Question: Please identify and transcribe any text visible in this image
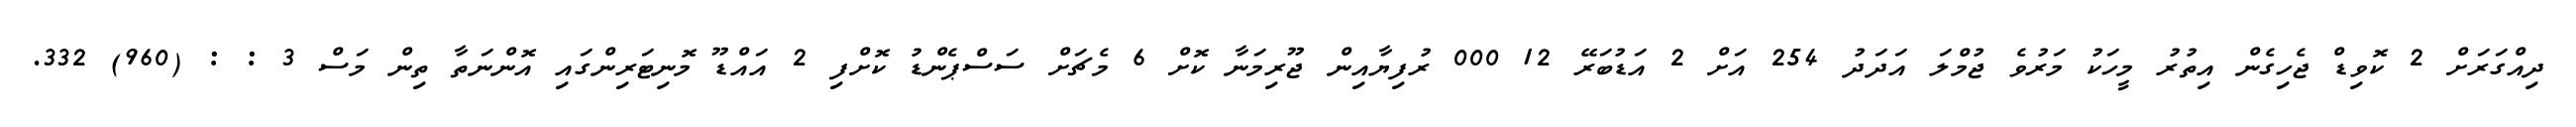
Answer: ދިއްގަރަށް 2 ކޮވިޑް ޖެހިގެން އިތުރު މީހަކު މަރުވެ ޖުމްލަ އަދަދު 254 އަށް 2 އަޑުބަރޭ 12 000 ރުފިޔާއިން ޖޫރިމަނާ ކޮށް 6 މެޗަށް ސަސްޕެންޑު ކޮށްފި 2 އައްޑޫ މޮނިޓަރިންގައި އޮންނަތާ ތިން މަސް 3 : : (960) 332.